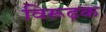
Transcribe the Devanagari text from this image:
विरूढ़क